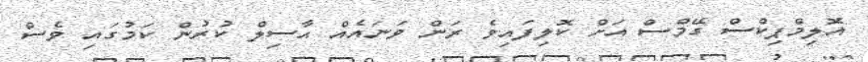
އޮލިމްޕިކްސް ގޭމްސް އަށް ކޮލިފައިވެ ރަން ވަނައެއް ޙާސިލް ކުރުން ކަމުގައި ވެސް